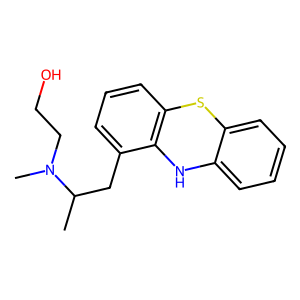
SMILES: CC(Cc1cccc2c1Nc1ccccc1S2)N(C)CCO
Inhibits HIV replication: No